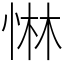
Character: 惏